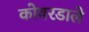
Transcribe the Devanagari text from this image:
कोवरडाले